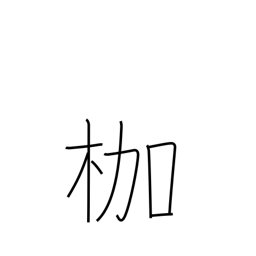
Meaning: bonds